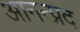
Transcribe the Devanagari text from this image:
आनन्प्रद